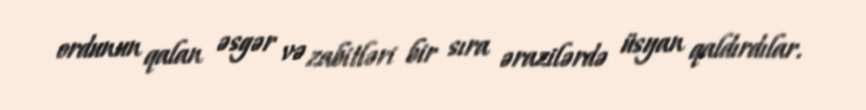
ordunun qalan əsgər və zabitləri bir sıra ərazilərdə üsyan qaldırdılar.